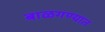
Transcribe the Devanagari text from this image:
बाळगण्यात